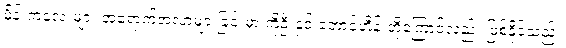
မိန်းကလေးများ အရောက်အလာများခြင်းမှာ ကိုဦးနှင့် ဘောင်ဟိန်းတို့ကြောင့်လည်း ဖြစ်နိုင်သည်။